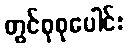
တွင်စုစုပေါင်း